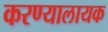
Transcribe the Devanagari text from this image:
करण्यालायक